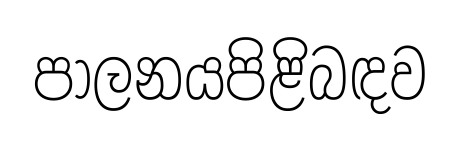
පාලනයපිළිබඳව